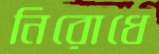
নিরোধে